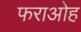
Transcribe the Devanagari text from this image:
फराओह